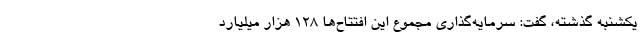
یکشنبه گذشته، گفت: سرمایه‌گذاری مجموع این افتتاح‌ها ۱۲۸ هزار میلیارد